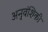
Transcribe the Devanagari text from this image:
अनुवंशिकी